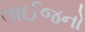
તાઈજનો